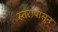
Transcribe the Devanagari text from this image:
स्तरांपासून